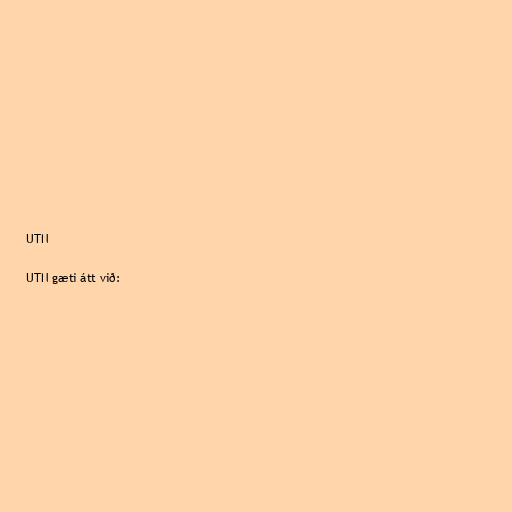
UTN

UTN gæti átt við: